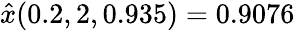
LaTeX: \hat{x}(0.2,2,0.935)=0.9076